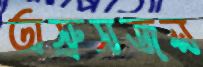
অস্রুসজল